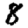
Digit: 8